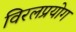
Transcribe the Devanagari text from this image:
विरलप्रयोग